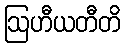
ဩဟီယတီတိ